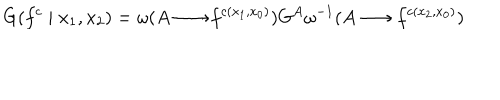
G ( f ^ { c } \mid x _ { 1 } , x _ { 2 } ) = \omega ( A \longrightarrow f ^ { c ( x _ { 1 } , x _ { 0 } ) } ) G ^ { A } \omega ^ { - 1 } ( A \longrightarrow f ^ { c ( x _ { 2 } , x _ { 0 } ) } )